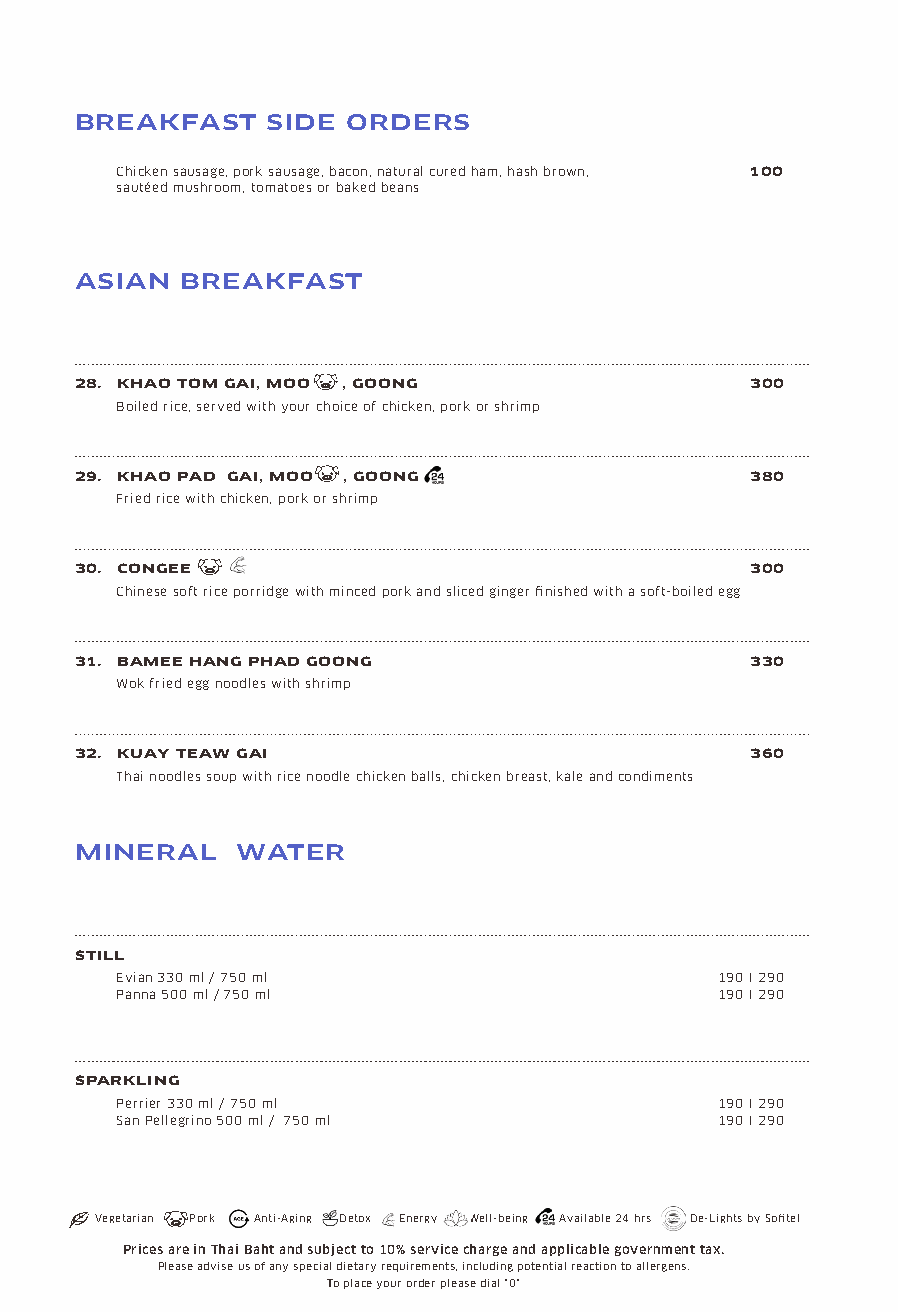
BREAKFAST    SIDE ORDERS
 Chicken sausage, pork sausage, bacon, natural cured ham, hash brown, 100
 sautéed mushroom, tomatoes or baked beans
 ASIAN  BREAKFAST
 28. KHAO TOM GAI, MOO , GOONG                300
 Boiled rice, served with your choice of chicken, pork or shrimp
 29. KHAO PAD GAI, MOO , GOONG                380
 Fried rice with chicken, pork or shrimp
 30. CONGEE                                   300
 Chinese soft rice porridge with minced pork and sliced ginger finished with a soft-boiled egg
 31. BAMEE HANG PHAD GOONG                    330
 Wok fried egg noodles with shrimp
 32. KUAY TEAW GAI                            360
 Thai noodles soup with rice noodle chicken balls, chicken breast, kale and condiments
 MINERAL    WATER
 STILL
 Evian 330 ml / 750 ml                   190 I 290
 Panna 500 ml / 750 ml                   190 I 290
 SPARKLING
 Perrier 330 ml / 750 ml                 190 I 290
 San Pellegrino 500 ml / 750 ml          190 I 290
 Vegetarian Pork Anti-Aging Detox Energy Well-being Available 24 hrs De-Lights by Sofitel
 Prices are in Thai Baht and subject to 10% service charge and applicable government tax.
 Please advise us of any special dietary requirements, including potential reaction to allergens.
 To place your order please dial "0"